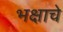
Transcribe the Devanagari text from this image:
भक्षाचे